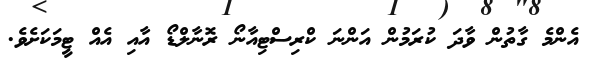
އެންމެ ގާތުން ވާދަ ކުރަމުން އަންނަ ކްރިސްޓިއާނޯ ރޮނާލްޑޯ އާއި އެއް ޓީމަކަށެވެ.